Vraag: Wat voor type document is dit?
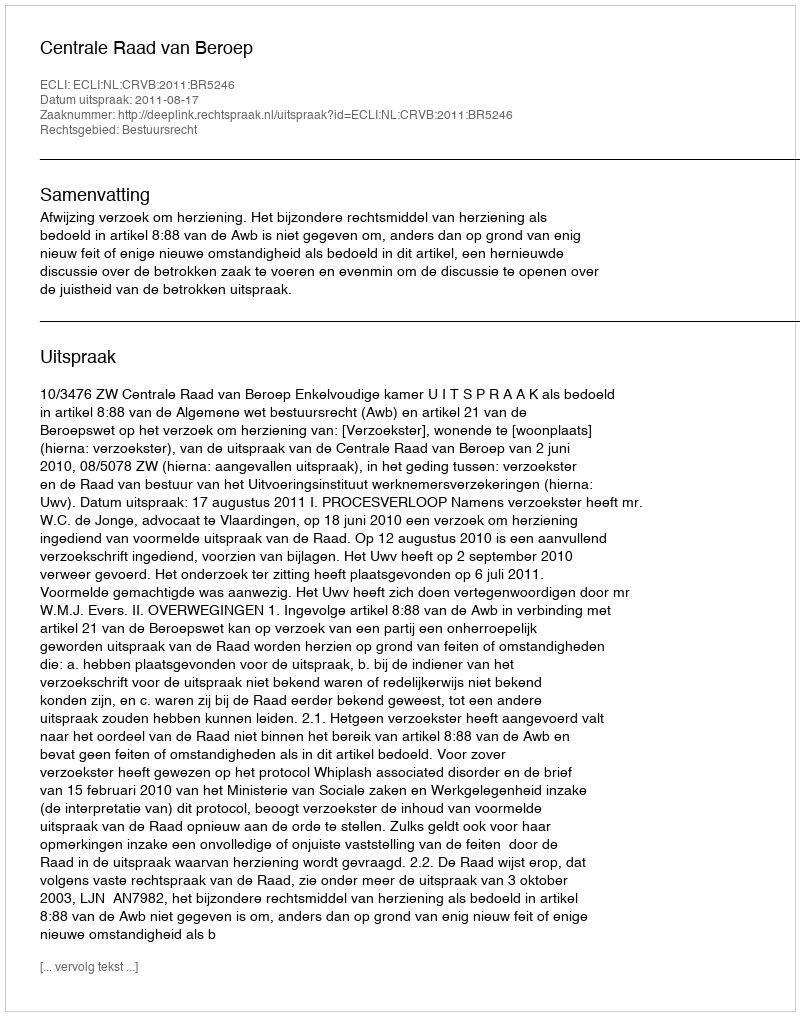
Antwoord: Uitspraak